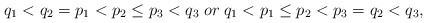
\begin{align*}q_1<q_2=p_1<p_2\leq p_3<q_3\;or\;q_1<p_1\leq p_2<p_3=q_2<q_3,\end{align*}